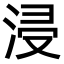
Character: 浸